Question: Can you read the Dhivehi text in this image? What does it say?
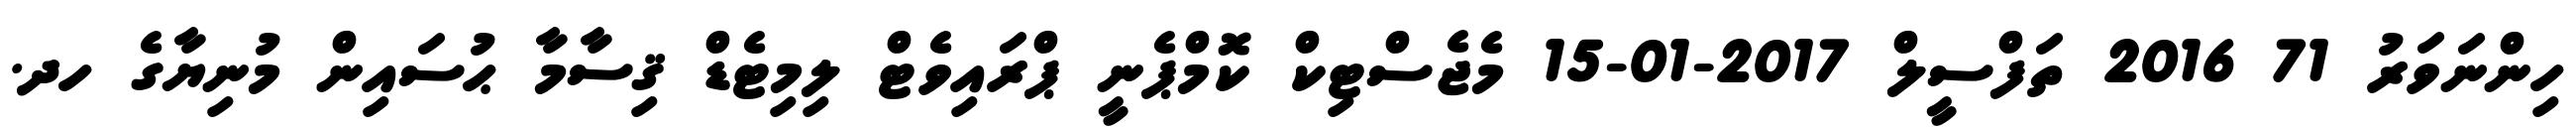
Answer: ހިންނަވަރު 71 2016 ތަފްސީލް 2017-01-15 މެޖެސްޓިކް ކޮމްޕެނީ ޕްރައިވެޓް ލިމިޓެޑް ޤިސާމާ ޙުސައިން މުނިޔާގެ ހދ.